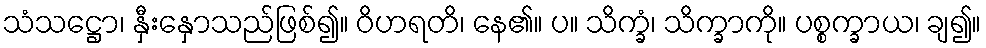
သံသဋ္ဌော၊ နှီးနှောသည်ဖြစ်၍။ ဝိဟရတိ၊ နေ၏။ ပ။ သိက္ခံ၊ သိက္ခာကို။ ပစ္စက္ခာယ၊ ချ၍။